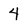
Character: 4